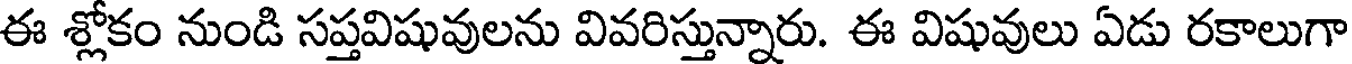
ఈ శ్లోకం నుండి సప్తవిషువులను వివరిస్తున్నారు. ఈ విషువులు ఏడు రకాలుగా